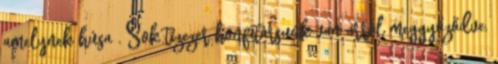
amelynek húsa . Sok tízezer honfitársunk van arról meggyőződve,